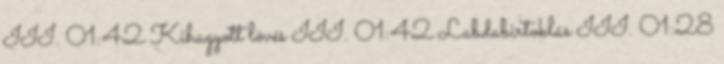
III. 01:42 Kihagyott lövés III. 01:42 Labdabirtoklás III. 01:28